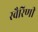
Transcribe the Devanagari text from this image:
स्वैरिणी